Report on the nature of kala-azar
Disease focus: Kala-Azar
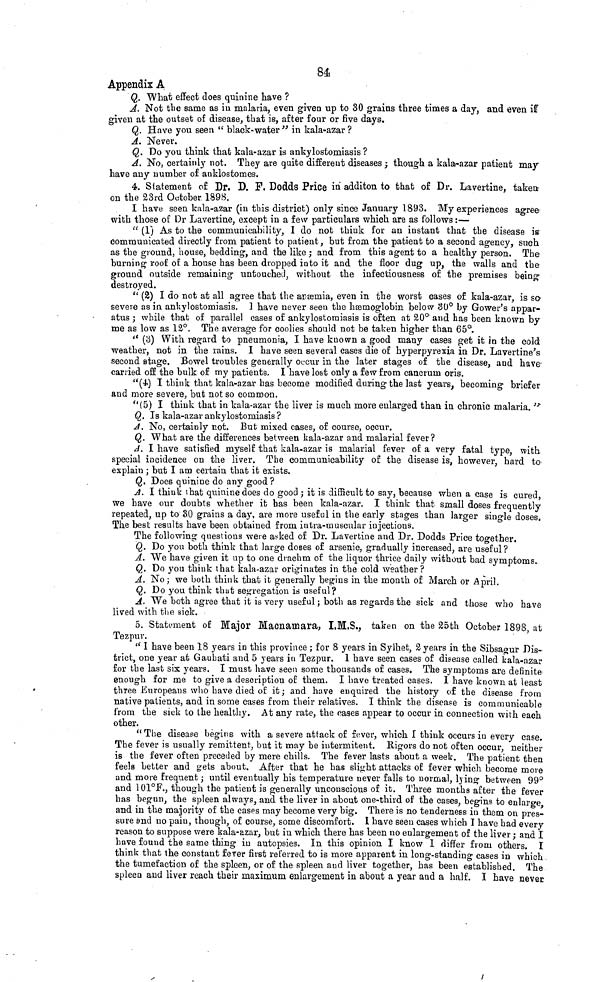
84
Appendix A
Q. What effect does quinine have ?
A. Not the same as in malaria, even given up to 30 grains three times a day, and even if
given at the outset of disease, that is, after four or five days.
Q. Have you seen "black-water "in kala-azar ?
A. Never.
Q. Do you think that kala-azar is ankylostomiasis ?
A. No, certainly not. They are quite different diseases ; though a kala-azar patient may
have any number of anklostomes.
4. Statement of Dr. D. F, Dodds Price in additon to that of Dr. Lavertine, taken
on the 23rd October 1898.
I have seen kala-azar (in this district) only since January 1893. My experiences agree
with those of Dr Lavertine, except in a few particulars which are as follows :—
"(1) As to the communicability, I do not think for an instant that the disease is
communicated directly from patient to patient, but from the patient to a second agency, such
as the ground, house, bedding, and the like; and from this agent to a healthy person. The
burning roof of a house has been dropped into it and the floor dug up, the walls and the
ground outside remaining untouched, without the infectiousness of the premises being
destroyed.
"(2) I do not at all agree that the anæmia, even in the worst eases of kala-azar, is so
severe as in ankylostomiasis. I have never seen the hæmoglobin below 30° by Gower's appar-
atus; while that of parallel cases of ankylostomiasis is often at 20° and has been known by
me as low as 12°. The average for coolies should not be taken higher than 65°.
"(3) With regard to pneumonia, I have known a good many cases get it in the cold
weather, not in the rains. I have seen several cases die of hyperpyrexia in Dr. Lavertine's
second stage. Bowel troubles generally occur in the later stages of the disease, and have
carried off the bulk of my patients, I have lost only a few from cancrum oris.
"(4) I think that kala-azar has become modified during the last years, becoming briefer
and more severe, but not so common.
"(5) I think that in kala-azar the liver is much more enlarged than in chronic malaria."
Q. Is kala-azar ankylostomiasis?
A. No, certainly not. But mixed cases, of course, occur.
Q. What are the differences between kala-azar and malarial fever?
A. I have satisfied myself that kala-azar is malarial fever of a very fatal type, with
special incidence on the liver. The communicability of the disease is, however, hard to
explain ; but I am certain that it exists.
Q. Does quinine do any good ?
A. I think that quinine does do good; it is difficult to say, because when a case is cured,
we have our doubts whether it has been kala-azar. I think that small doses frequently
repeated, up to 30 grains a day, are more useful in the early stages than larger single doses.
The best results have been obtained from intra-muscular injections.
The following questions were asked of Dr. Lavertine and Dr. Dodds Price together,
Q. Do you both think that large doses of arsenic, gradually increased, are useful?
A. We have given it up to one drachm of the liquor thrice daily without bad symptoms.
Q. Do you think that kala-azar originates in the cold weather?
A. No; we both think that it generally begins in the month of March or April.
Q. Do you think that segregation is useful?
A. We both agree that it is very useful; both as regards the sick and those who have
lived with the sick.
5. Statement of Major Macnamara, I.M.S., taken on the 25th October 1898, at
Tezpur.
"I have been 18 years in this province; for 8 years in Sylhet, 2 years in the Sibsagur Dis-
trict, one year at Gauhati and 5 years in Tezpur. 1 have seen cases of disease called kala-azar
for the last six years. I must have seen some thousands of cases. The symptoms are definite
enough for me to give a description of them. I have treated cases. I have known at least
three Europeans who have died of it; and have enquired the history of the disease from
native patients, and in some eases from their relatives. I think the disease is communicable
from the sick to the healthy. At any rate, the oases appear to occur in connection with each
other.
"The disease begins with a severe attack of fever, which I think occurs in every case.
The fever is usually remittent, but it may be intermitent. Rigors do not often occur, neither
is the fever often preceded by mere chills. The fever lasts about a week. The patient then
feels better and gets about. After that he has slight attacks of fever which become more
and more frequent; until eventually his temperature never falls to normal, lying between 99°a
nd 101°F., though the patient is generally unconscious of it. Three months after the fever
has begun, the spleen always, and the liver in about one-third of the cases, begins to enlarge
and in the majority of the cases may become very big. There is no tenderness in them on pres-
sure and no pain, though, of course, some discomfort. I have seen cases which I have had every
reason to suppose were kala-azar, but in which there has been no enlargement of the liver; and I
have found the same thing in autopsies. In this opinion I know I differ from others. I
think that the constant fever first referred to is more apparent in long-standing cases in which
the tumefaction of the spleen, or of the spleen and liver together, has been established. The
spleen and liver reach their maximum enlargement in about a year and a half. I have never